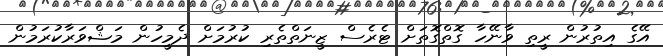
އޭގެ އިތުރުން ރީތި ވާނޭހާ ގޮތްގޮތަށް ޓެރެސް ޒީނަތްތެރި ކުރުމަށް ދެމީހުން މަޝްވަރާކުރަމުން